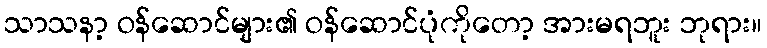
သာသနာ့ ဝန်ဆောင်များ၏ ဝန်ဆောင်ပုံကိုတော့ အားမရဘူး ဘုရား။